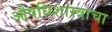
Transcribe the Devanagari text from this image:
औषधिशास्त्राचा